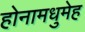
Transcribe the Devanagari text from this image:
होनामधुमेह